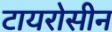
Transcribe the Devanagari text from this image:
टायरोसीन